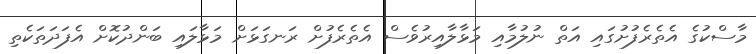
މާސްކުގެ އެތެރެފުށުގައި އަތް ނުލުމާއި މަޅާލާއިރުވެސް އެތެރެފުށް ރަނގަޅަށް މަޅާލައި ބަންދުކޮށް އެފަދަތަކެތި